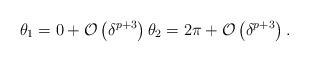
LaTeX: \begin{align*} \theta_1=0+\mathcal{O}\left(\delta^{p+3}\right)\theta_2=2\pi+\mathcal{O}\left(\delta^{p+3}\right).\end{align*}